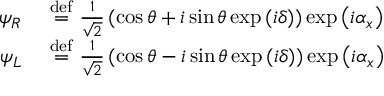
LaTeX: \begin{array} { r l } { \psi _ { R } ~ } & { { } { \stackrel { \mathrm { d e f } } { = } } ~ { \frac { 1 } { \sqrt { 2 } } } \left( \cos \theta + i \sin \theta \exp \left( i \delta \right) \right) \exp \left( i \alpha _ { x } \right) } \\ { \psi _ { L } ~ } & { { } { \stackrel { \mathrm { d e f } } { = } } ~ { \frac { 1 } { \sqrt { 2 } } } \left( \cos \theta - i \sin \theta \exp \left( i \delta \right) \right) \exp \left( i \alpha _ { x } \right) } \end{array}